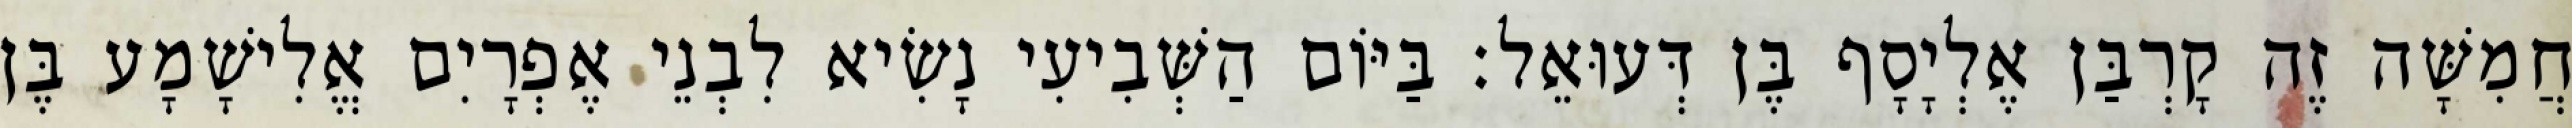
חֲמִשָּׁה זֶה קָרְבַּן אֶלְיָסָף בֶּן דְּעוּאֵל׃ בַּיּוֹם הַשְּׁבִיעִי נָשִׂיא לִבְנֵי אֶפְרָיִם אֱלִישָׁמָע בֶּן